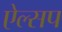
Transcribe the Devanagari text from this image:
ऐल्सप